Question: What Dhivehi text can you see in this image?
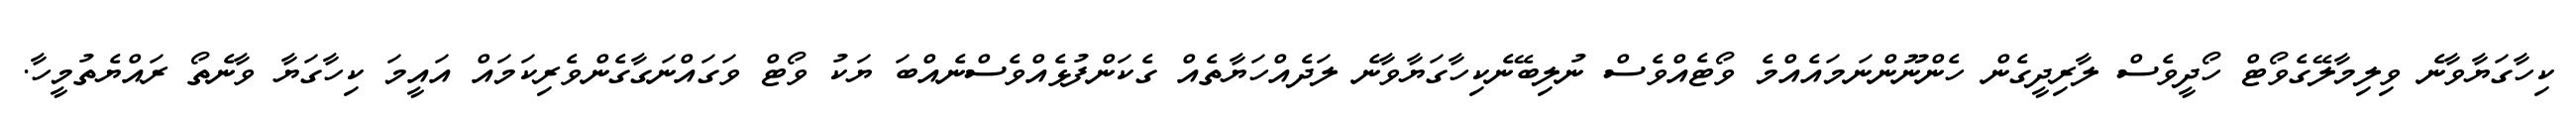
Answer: ކިހާގަޔާވާނެ ވިލިމާލޭގެވޯޓް ހޯދީވެސް ލާރިދީގެން ހެންނޫންނަމައެއްމެ ވޯޓެއްވެސް ނުލިބޭނެކިހާގަޔާވާނެ ލަދެއްހަޔާތެއް ގެކަންފުޅެއްވެސްނެއްބަ ޔަކު ވޯޓް ވަގައްނަގާގެންވެރިކަމައް އައީމަ ކިހާގަޔާ ވާނެތޯ ރައްޔެތުމީހާ.